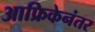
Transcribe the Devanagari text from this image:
आफ्रिकेनंतर